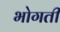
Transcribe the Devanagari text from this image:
भोगती